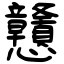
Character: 戇